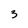
Character: 3